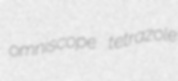
omniscope tetrazole